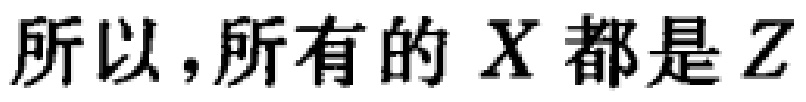
所以，所有的 \(X\) 都是 \(Z\)